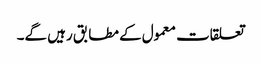
تعلقات معمول کے مطابق رہیں گے۔